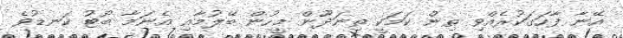
އޭނާ ފާހަގަކުރެއްވި ތިން ކަމަކީ ތިނަދޫން މީހުން ބޭލުމާއި އެނަމާ ބޯޓު ކަނޑުވެ